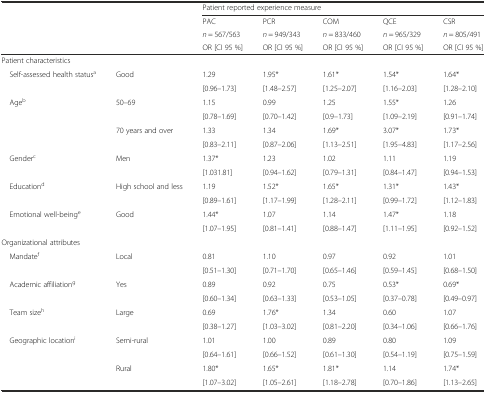
<table><thead><tr><td></td><td></td><td colspan="5"><b>Patient reported experience measure</b></td></tr><tr><td></td><td></td><td><b>PAC</b></td><td><b>PCR</b></td><td><b>COM</b></td><td><b>QCE</b></td><td><b>CSR</b></td></tr><tr><td></td><td></td><td><b><i>n</i> = 567/563</b></td><td><b><i>n</i> = 949/343</b></td><td><b><i>n</i> = 833/460</b></td><td><b><i>n</i> = 965/329</b></td><td><b><i>n</i> = 805/491</b></td></tr><tr><td></td><td></td><td><b>OR [CI 95 %]</b></td><td><b>OR [CI 95 %]</b></td><td><b>OR [CI 95 %]</b></td><td><b>OR [CI 95 %]</b></td><td><b>OR [CI 95 %]</b></td></tr></thead><tbody><tr><td colspan="7">Patient characteristics</td></tr><tr><td rowspan="2"> Self-assessed health status<sup>a</sup></td><td rowspan="2">Good</td><td>1.29</td><td>1.95*</td><td>1.61*</td><td>1.54*</td><td>1.64*</td></tr><tr><td>[0.96–1.73]</td><td>[1.48–2.57]</td><td>[1.25–2.07]</td><td>[1.16–2.03]</td><td>[1.28–2.10]</td></tr><tr><td rowspan="4"> Age<sup>b</sup></td><td rowspan="2">50–69</td><td>1.15</td><td>0.99</td><td>1.25</td><td>1.55*</td><td>1.26</td></tr><tr><td>[0.78–1.69]</td><td>[0.70–1.42]</td><td>[0.9–1.73]</td><td>[1.09–2.19]</td><td>[0.91–1.74]</td></tr><tr><td rowspan="2">70 years and over</td><td>1.33</td><td>1.34</td><td>1.69*</td><td>3.07*</td><td>1.73*</td></tr><tr><td>[0.83–2.11]</td><td>[0.87–2.06]</td><td>[1.13–2.51]</td><td>[1.95–4.83]</td><td>[1.17–2.56]</td></tr><tr><td rowspan="2"> Gender<sup>c</sup></td><td rowspan="2">Men</td><td>1.37*</td><td>1.23</td><td>1.02</td><td>1.11</td><td>1.19</td></tr><tr><td>[1.031.81]</td><td>[0.94–1.62]</td><td>[0.79–1.31]</td><td>[0.84–1.47]</td><td>[0.94–1.53]</td></tr><tr><td rowspan="2"> Education<sup>d</sup></td><td rowspan="2">High school and less</td><td>1.19</td><td>1.52*</td><td>1.65*</td><td>1.31*</td><td>1.43*</td></tr><tr><td>[0.89–1.61]</td><td>[1.17–1.99]</td><td>[1.28–2.11]</td><td>[0.99–1.72]</td><td>[1.12–1.83]</td></tr><tr><td rowspan="2"> Emotional well-being<sup>e</sup></td><td rowspan="2">Good</td><td>1.44*</td><td>1.07</td><td>1.14</td><td>1.47*</td><td>1.18</td></tr><tr><td>[1.07–1.95]</td><td>[0.81–1.41]</td><td>[0.88–1.47]</td><td>[1.11–1.95]</td><td>[0.92–1.52]</td></tr><tr><td colspan="7">Organizational attributes</td></tr><tr><td rowspan="2"> Mandate<sup>f</sup></td><td rowspan="2">Local</td><td>0.81</td><td>1.10</td><td>0.97</td><td>0.92</td><td>1.01</td></tr><tr><td>[0.51–1.30]</td><td>[0.71–1.70]</td><td>[0.65–1.46]</td><td>[0.59–1.45]</td><td>[0.68–1.50]</td></tr><tr><td rowspan="2"> Academic affiliation<sup>g</sup></td><td rowspan="2">Yes</td><td>0.89</td><td>0.92</td><td>0.75</td><td>0.53*</td><td>0.69*</td></tr><tr><td>[0.60–1.34]</td><td>[0.63–1.33]</td><td>[0.53–1.05]</td><td>[0.37–0.78]</td><td>[0.49–0.97]</td></tr><tr><td rowspan="2"> Team size<sup>h</sup></td><td rowspan="2">Large</td><td>0.69</td><td>1.76*</td><td>1.34</td><td>0.60</td><td>1.07</td></tr><tr><td>[0.38–1.27]</td><td>[1.03–3.02]</td><td>[0.81–2.20]</td><td>[0.34–1.06]</td><td>[0.66–1.76]</td></tr><tr><td rowspan="4"> Geographic location<sup>i</sup></td><td rowspan="2">Semi-rural</td><td>1.01</td><td>1.00</td><td>0.89</td><td>0.80</td><td>1.09</td></tr><tr><td>[0.64–1.61]</td><td>[0.66–1.52]</td><td>[0.61–1.30]</td><td>[0.54–1.19]</td><td>[0.75–1.59]</td></tr><tr><td rowspan="2">Rural</td><td>1.80*</td><td>1.65*</td><td>1.81*</td><td>1.14</td><td>1.74*</td></tr><tr><td>[1.07–3.02]</td><td>[1.05–2.61]</td><td>[1.18–2.78]</td><td>[0.70–1.86]</td><td>[1.13–2.65]</td></tr></tbody></table>